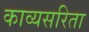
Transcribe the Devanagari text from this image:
काव्यसरिता